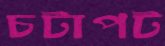
চটাপট